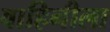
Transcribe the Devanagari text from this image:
वाहिनीला